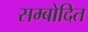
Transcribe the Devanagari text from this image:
सम्बोदित